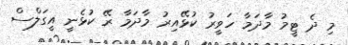
މި ދެ ޓީމު މާދަމާ ހަވީރު ކުޅޭއިރު މާދަމާ ރޭ ކުޅެނީ އީގަލްސް